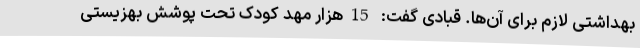
بهداشتی لازم برای آن‌ها. قبادی گفت: 15هزار مهد کودک تحت پوشش بهزیستی